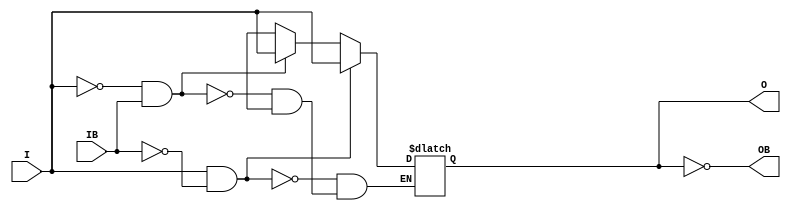
// $Header: /devl/xcs/repo/env/Databases/CAEInterfaces/verunilibs/data/unisims/IBUFDS_DIFF_OUT.v,v 1.9 2009/08/21 23:55:43 harikr Exp $
///////////////////////////////////////////////////////////////////////////////
// Copyright (c) 1995/2004 Xilinx, Inc.
// All Right Reserved.
///////////////////////////////////////////////////////////////////////////////
//   ____  ____
//  /   /\/   /
// /___/  \  /    Vendor : Xilinx
// \   \   \/     Version : 10.1
//  \   \         Description : Xilinx Functional Simulation Library Component
//  /   /                  Differential Signaling Input Buffer with Differential Outputs
// /___/   /\     Filename : IBUFDS_DIFF_OUT.v
// \   \  /  \    Timestamp : Thu Mar 25 16:42:23 PST 2004
//  \___\/\___\
//
// Revision:
//    03/23/04 - Initial version.
//    05/23/07 - Changed timescale to 1 ps / 1 ps.
//    05/13/08 - CR 458290 -- Added else condition to handle x case.
//    02/10/09 - CR 430124 -- Added attribute DIFF_TERM.
//    06/02/09 - CR 523083 -- Added attribute IBUF_LOW_PWR.
// End Revision

`timescale  1 ps / 1 ps


module IBUFDS_DIFF_OUT (O, OB, I, IB);

    parameter DIFF_TERM = "FALSE";
    parameter IBUF_LOW_PWR = "TRUE";
    parameter IOSTANDARD = "LVDS_25";

    output O, OB;

    input  I, IB;

    reg  o_out;

    buf B0 (O, o_out);
    not B1 (OB, o_out);

    initial begin
        case (DIFF_TERM)

            "TRUE", "FALSE" : ;
            default : begin
                          $display("Attribute Syntax Error : The attribute DIFF_TERM on IBUFDS_DIFF_OUT instance %m is set to %s.  Legal values for this attribute are TRUE or FALSE.", DIFF_TERM);
                          $finish;
                      end

        endcase // case(DIFF_TERM)

        case (IBUF_LOW_PWR)

            "FALSE", "TRUE" : ;
            default : begin
                          $display("Attribute Syntax Error : The attribute IBUF_LOW_PWR on IBUFDS_DIFF_OUT instance %m is set to %s.  Legal values for this attribute are TRUE or FALSE.", IBUF_LOW_PWR);
                          $finish;
                      end

        endcase

    end


    always @(I or IB) begin
	if (I == 1'b1 && IB == 1'b0)
	    o_out <= I;
	else if (I == 1'b0 && IB == 1'b1)
	    o_out <= I;
        else if (I == 1'bx || IB == 1'bx)
            o_out <= 1'bx;
    end


endmodule